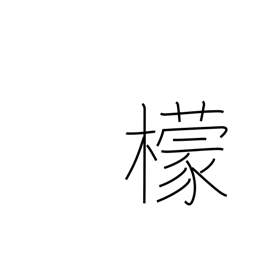
Meaning: lemon tree